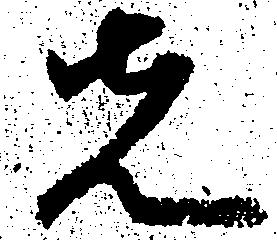
先